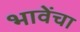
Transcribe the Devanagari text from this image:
भावेंचा